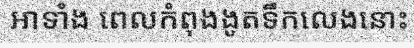
អាទាំង ពេលកំពុងងូតទឹកលេងនោះ